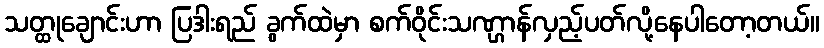
သတ္ထုချောင်းဟာ ပြဒါးရည် ခွက်ထဲမှာ စက်ဝိုင်းသဏ္ဌာန်လှည့်ပတ်လို့နေပါတော့တယ်။